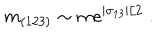
m _ { ( 1 2 3 ) } \sim m e ^ { | \sigma _ { 1 3 } | / 2 } \; .